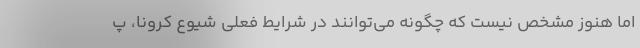
اما هنوز مشخص نیست که چگونه می‌توانند در شرایط فعلی شیوع کرونا، پ